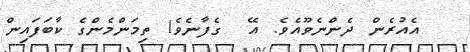
އެއުރެން ދެންނެވޫއެވެ. އޭ  ގެފާނެވެ! ތިމަންމެންގެ ކާބަފައިން